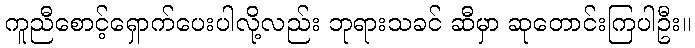
ကူညီစောင့်ရှောက်ပေးပါလို့လည်း ဘုရားသခင် ဆီမှာ ဆုတောင်းကြပါဦး။